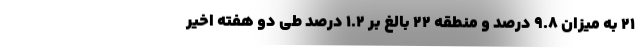
۲۱ به میزان ۹.۸ درصد و منطقه ۲۲ بالغ بر ۱.۲ درصد طی دو هفته اخیر